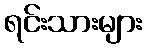
ရင်းသားများ